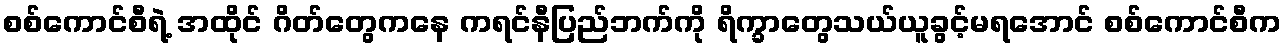
စစ်ကောင်စီရဲ့ အထိုင် ဂိတ်တွေကနေ ကရင်နီပြည်ဘက်ကို ရိက္ခာတွေသယ်ယူခွင့်မရအောင် စစ်ကောင်စီက